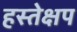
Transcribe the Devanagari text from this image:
हस्तेक्षप